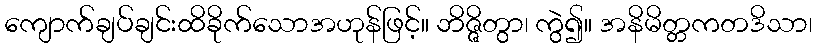
ကျောက်ချပ်ချင်းထိခိုက်သောအဟုန်ဖြင့်။ ဘိဇ္ဇိတွာ၊ ကွဲ၍။ အနိမိတ္တကတဒိသာ၊